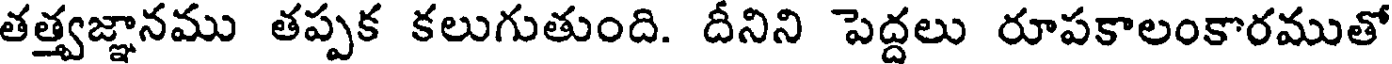
తత్త్వజ్ఞానము తప్పక కలుగుతుంది. దీనిని పెద్దలు రూపకాలంకారముతో